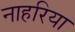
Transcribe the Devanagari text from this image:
नाहरिया